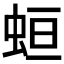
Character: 𧊳